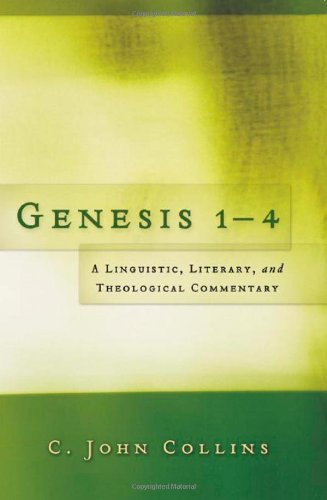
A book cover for Genesis 1-4: A Linguistic, Literary, and Theological Commentary; C. John Collins; Christian Books & Bibles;